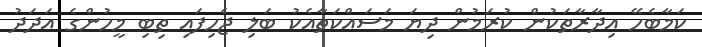
ކަމާބެހޭ އިދާރާތަކުން ކުރަމުން ދިޔަ މަސައްކަތާއެކު ބަލި ޖެހިފައި ތިބި މީހުންގެ އަދަދު